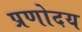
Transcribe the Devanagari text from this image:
प्रणोदय